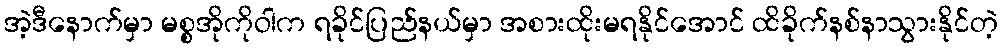
အဲ့ဒီနောက်မှာ မစ္စအိုကိုဝါက ရခိုင်ပြည်နယ်မှာ အစားထိုးမရနိုင်အောင် ထိခိုက်နစ်နာသွားနိုင်တဲ့